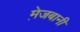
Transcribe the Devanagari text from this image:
मे़जबानी